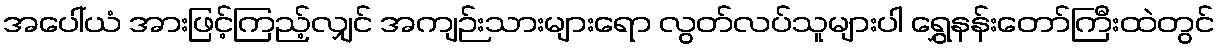
အပေါ်ယံ အားဖြင့်ကြည့်လျှင် အကျဉ်းသားများရော လွတ်လပ်သူများပါ ရွှေနန်းတော်ကြီးထဲတွင်